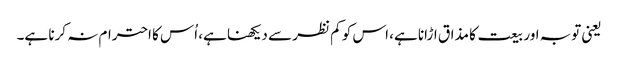
یعنی توبہ اور بیعت کا مذاق اڑانا ہے، اس کو کم نظر سے دیکھنا ہے، اُس کا احترام نہ کرنا ہے۔